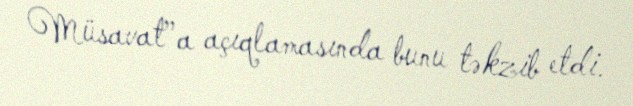
Müsavat”a açıqlamasında bunu təkzib etdi.